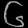
Digit: ၆